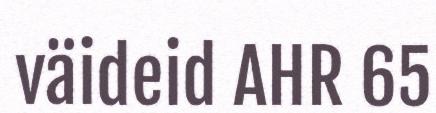
väideid AHR 65